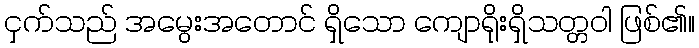
ငှက်သည် အမွေးအတောင် ရှိသော ကျောရိုးရှိသတ္တဝါ ဖြစ်၏။